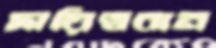
দায়িত্ববান